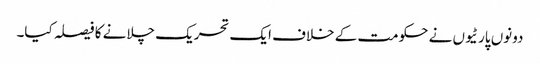
دونوں پارٹیوں نے حکومت کے خلاف ایک تحریک چلانے کا فیصلہ کیا۔